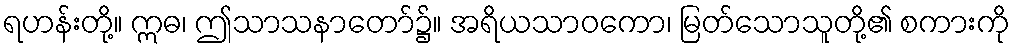
ရဟန်းတို့။ ဣဓ၊ ဤသာသနာတော်၌။ အရိယသာဝကော၊ မြတ်သောသူတို့၏ စကားကို